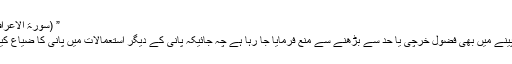
” (سورۃ الاعراف-31)
کھانے پینے میں بھی فضول خرچی یا حد سے بڑھنے سے منع فرمایا جا رہا ہے چہ جائیکہ پانی کے دیگر استعمالات میں پانی کا ضیاع کیا جائے۔